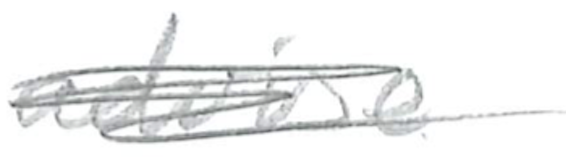
Text: advise
Cross-out: mix
Writing tool: pencil